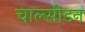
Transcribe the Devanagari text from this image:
चाल्सीडन